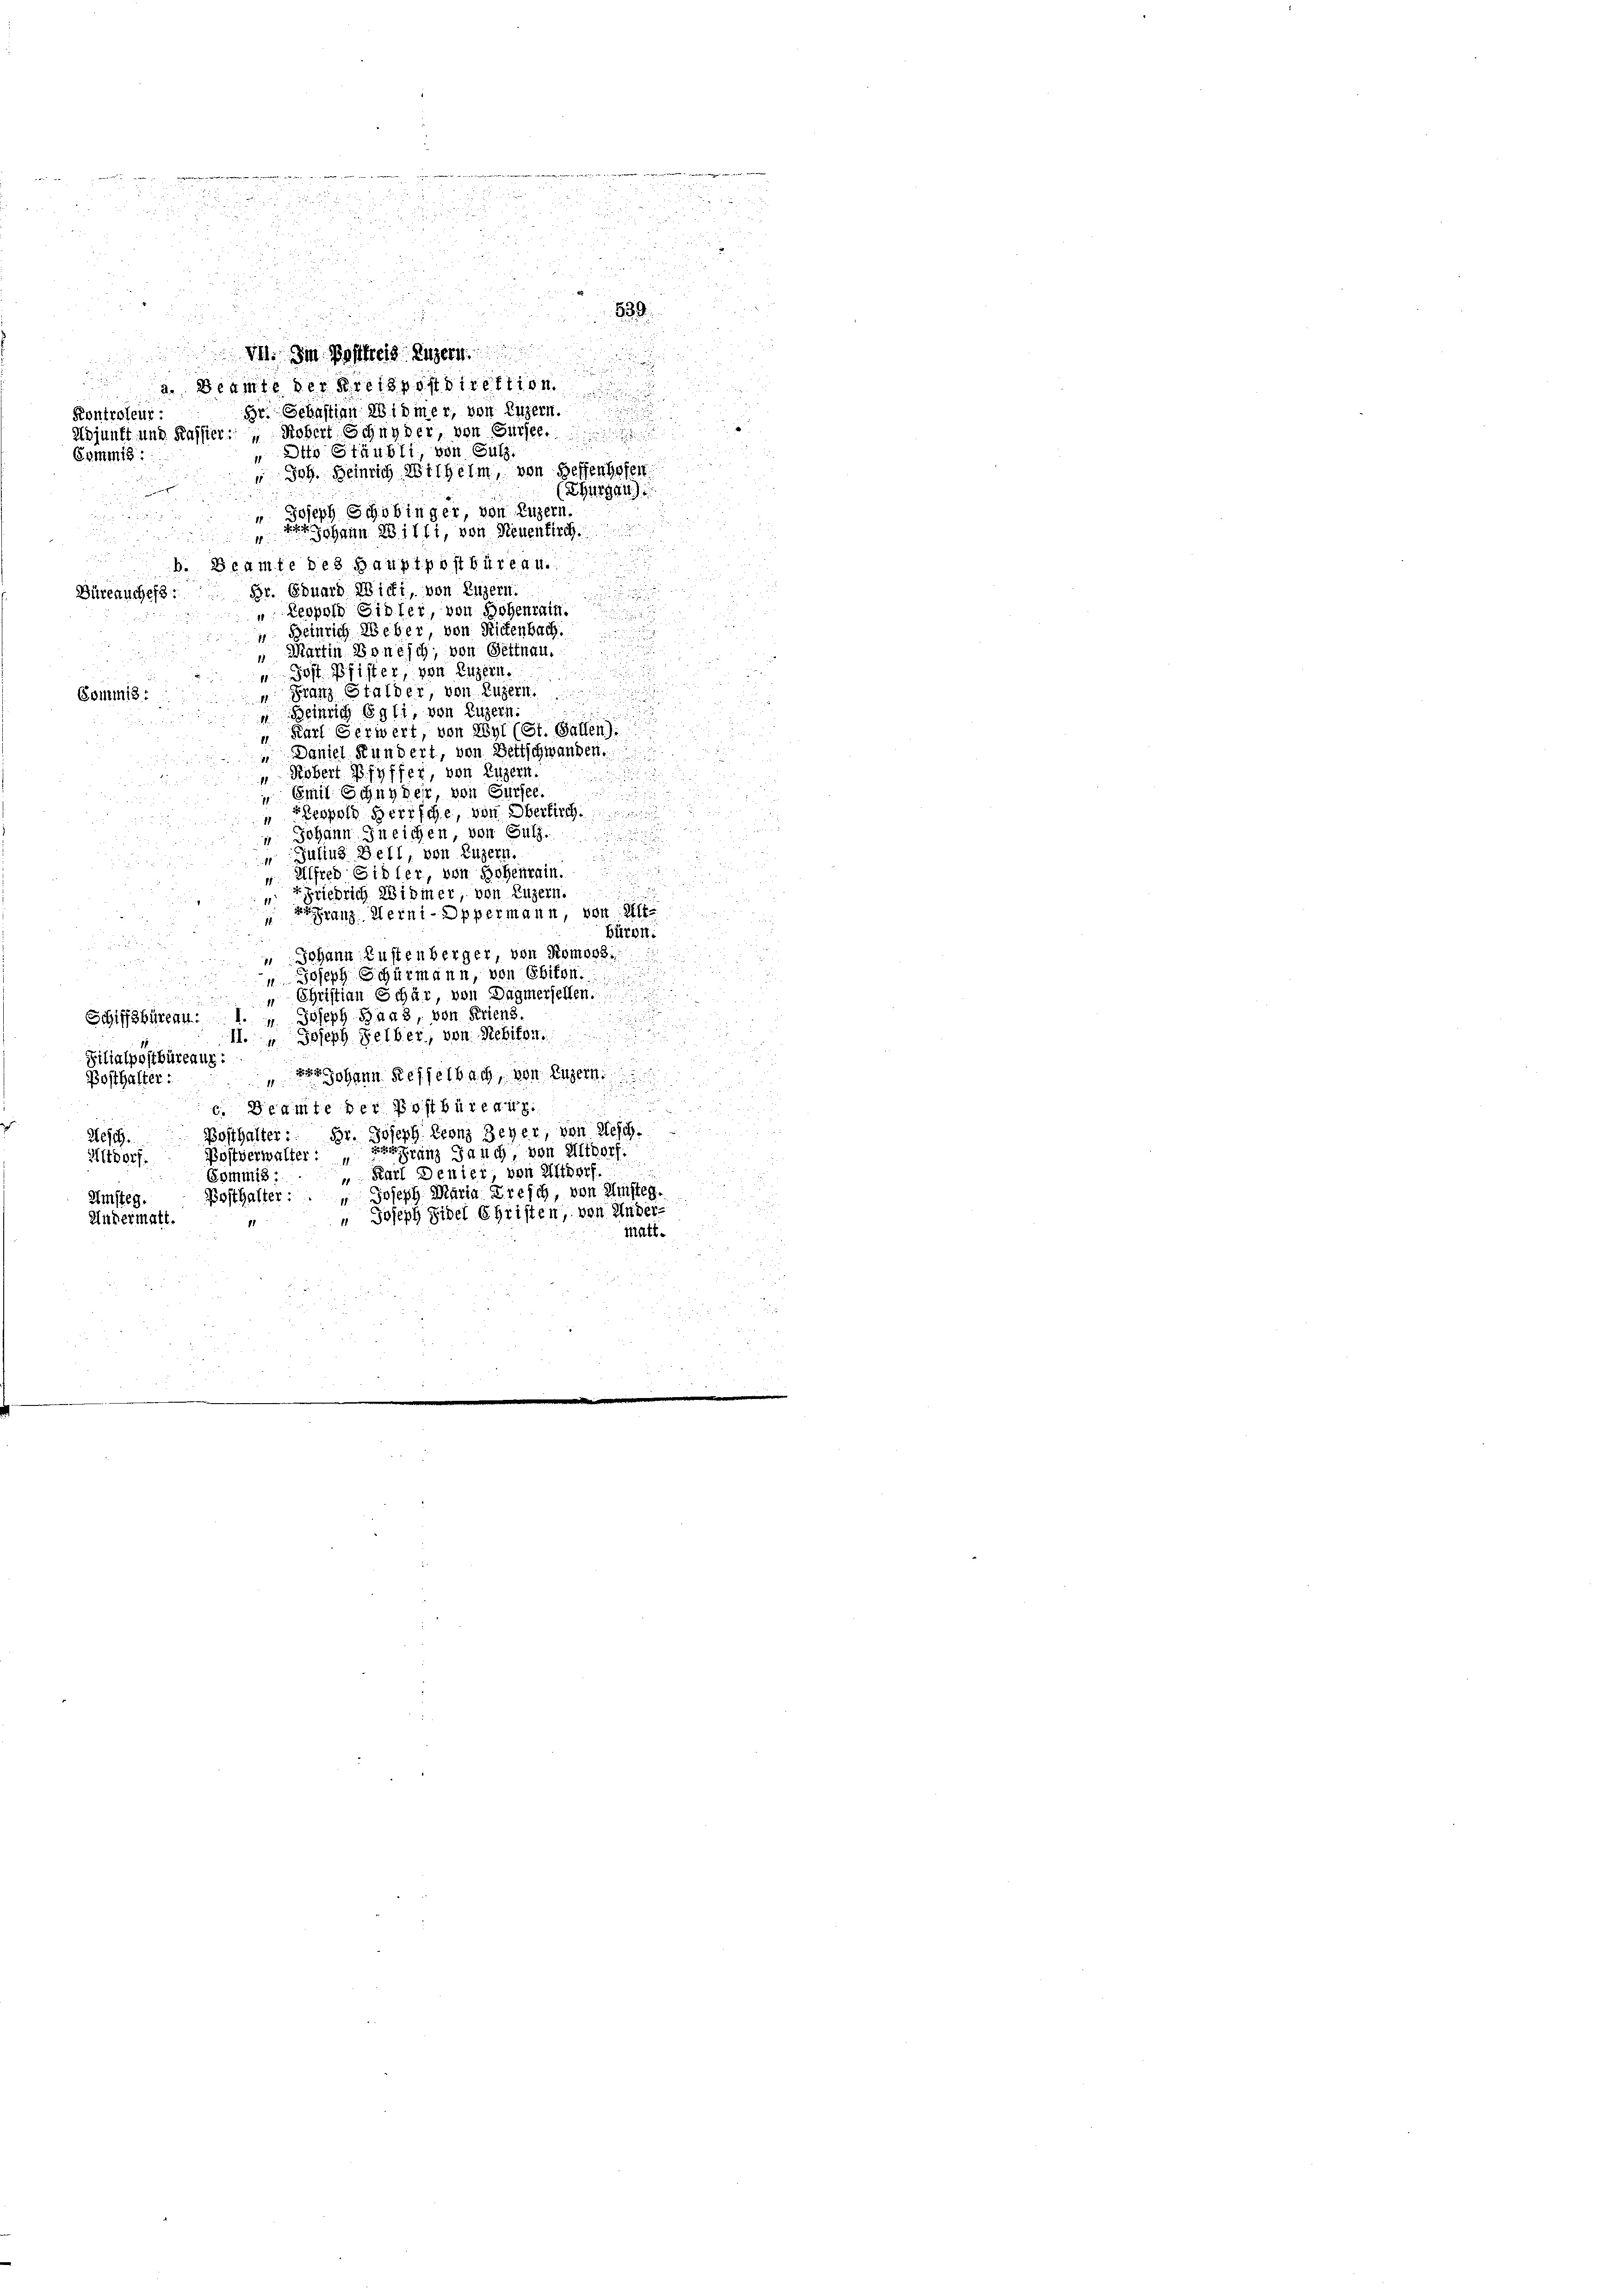
.

d

u

2

.
839.
e
M. Im Postkreis Luzern
n

n
2. Beamte der Kreispostdirektion

Br. Schaftian Widmer, von Luzern.
Kontroleur:
Adjunkt und Kassier: „Kobert Schnyder, von Sursee
 Otto Stäubli von Sulz
Commis:
" Joh. Heinrich Wilhelm, von Heffenhofen
(Thurgau)
Joseph Schobinger, von Luzern.
1
 Johann 28 111, von Neuenkirch
b. Beamte des Hauptpostbüreau.
Br. Eduard Wirti, von Luzern.
Büreauches:
" Leopold Sidler, von Hohenrain.
 Heinrich Weber, von Richenbach.

Martin Bonisch, von Gettnau.
1

" Jost Pfister, von Luzern.

 Franz Stalder, von Luzern
Commis:
u
 Heinrich Egli, von Luzern.
" Karl Gerwert, von Wyl (St. Gallen).
 Daniel Kundert, von Bettschwanden.
 Kobert Pfyffer, von Luzern.

 Emil Schnyder, von Sursee,
dus
Beopold Herrsche, von Oberkirch
“ Johann Ineichen, von Sulz.
n
 Julius Bell, von Luzern.

u
" Alfred Gidler, von Hohenrain.
g
Friedrich Widmer, von Luzern.
ranz derni-Oppermann, von Aff
Büron.
Johann Zustenberger, von Romoss.
 Joseph Schurmann, von Ebikon.
u
2
 Christian Schär, von Dagmersellen.
u. Joseph Haas, von Friens.
Schiffsbiren.
I. " Joseph Selber, von Seiten.
Filialpostbüreaus:
 Johann Kesselbach, von Luzern
u
Bosthalter:
.
c. Beamte der Postbüreau
Bosthalter: Br. Joseph Leonz Beyer, von Besch
2est.
ranz Jauch, von Midorf.
Postverwalter:
Altdorf.
 81
Gommis: Karl Denier, von Altdorf

Posthalter: " Joseph Maria Treich, von Amsteg.
Amsteg.
" Joseph Fidel Christen, von Ander
Andermatt.
Matt.